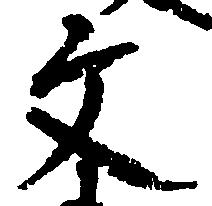
文